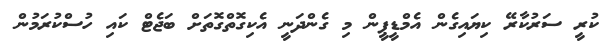
ކުރީ ސަރުކާރޭ ކިޔައިގެން އެމްޑީޕީން މި ގެންދަނީ އެކިގޮތްގޮތަށް ބަޖެޓް ކައި ހުސްކުރަމުން